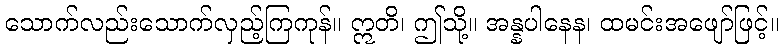
သောက်လည်းသောက်လှည့်ကြကုန်။ ဣတိ၊ ဤသို့။ အန္နပါနေန၊ ထမင်းအဖျော်ဖြင့်။